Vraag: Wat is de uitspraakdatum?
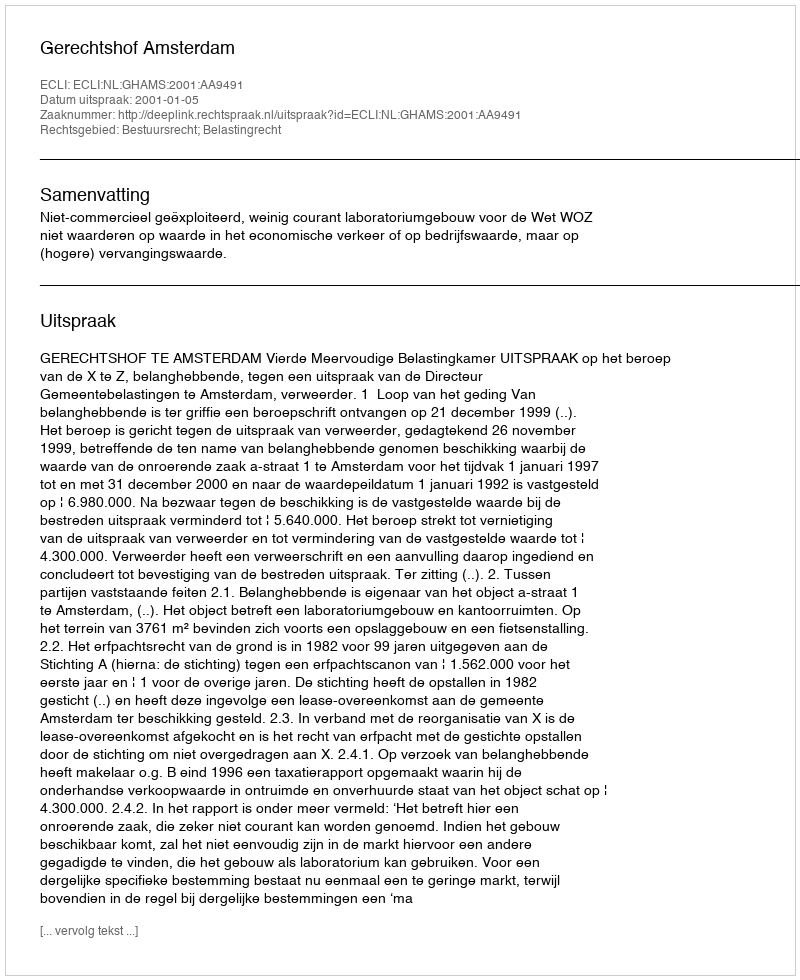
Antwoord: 2001-01-05